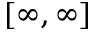
[ \infty , \infty ]